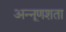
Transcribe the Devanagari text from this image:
अन्नूणशता